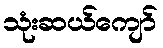
သုံးဆယ်ကျော်